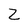
Character: Z